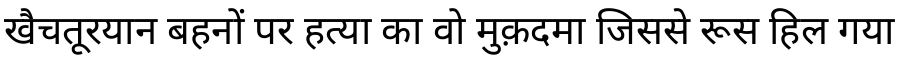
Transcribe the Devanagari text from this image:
खैचतूरयान बहनों पर हत्या का वो मुक़दमा जिससे रूस हिल गया